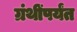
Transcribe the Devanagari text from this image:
ग्रंथींपर्यंत